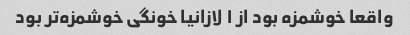
واقعا خوشمزه بود از ۱ لازانیا خونگی خوشمزه‌تر بود